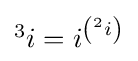
{\textstyle {}^{3}i=i^{\left({}^{2}i\right)}}